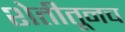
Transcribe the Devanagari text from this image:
शेतीतूनच